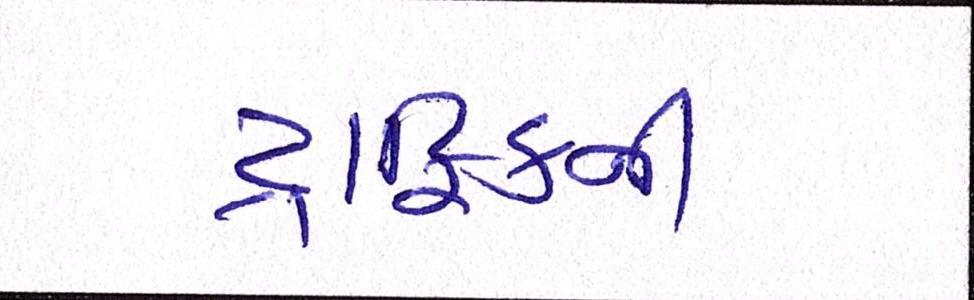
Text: ટ્રાફિકની